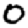
Digit: 0